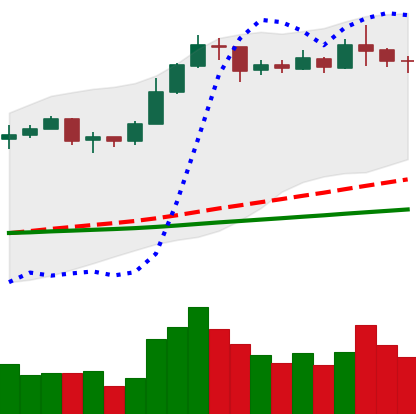
Ticker: ETC-USD
Chart end date: 2020-02-08
Forward return: 3.163%
Label: up_3_5